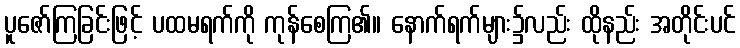
ပူဇော်ကြခြင်းဖြင့် ပထမရက်ကို ကုန်စေကြ၏။ နောက်ရက်များ၌လည်း ထိုနည်း အတိုင်းပင်